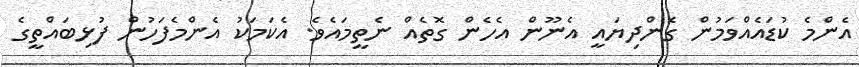
އެންމެ ކުޑައެއްވަމުން ގެންދިޔައީ އެނޫން އެހެން ގޮތެއް ނެތީމައެވެ. އެކަމަކު އެންމެފަހުން ފުޅިބައްތީގެ